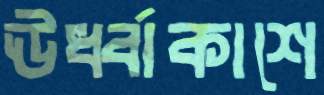
ঊর্ধ্বাকাশে